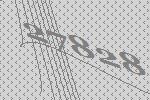
27828